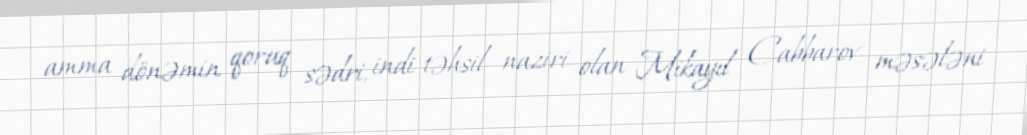
amma dönəmin qoruq sədri, indi təhsil naziri olan Mikayıl Cabbarov məsələni